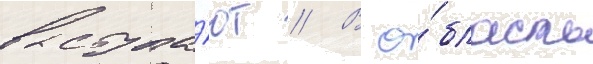
выступа́ют // В о́бласть